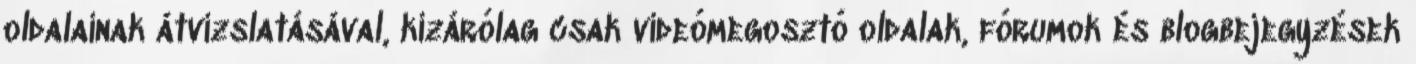
oldalainak átvizslatásával, kizárólag csak videómegosztó oldalak, fórumok és blogbejegyzések